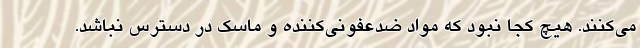
می‌کنند. هیچ کجا نبود که مواد ضدعفونی‌کننده و ماسک در دسترس نباشد.